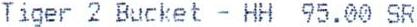
TIGER 2 BUCKET - HH 95.00 SR